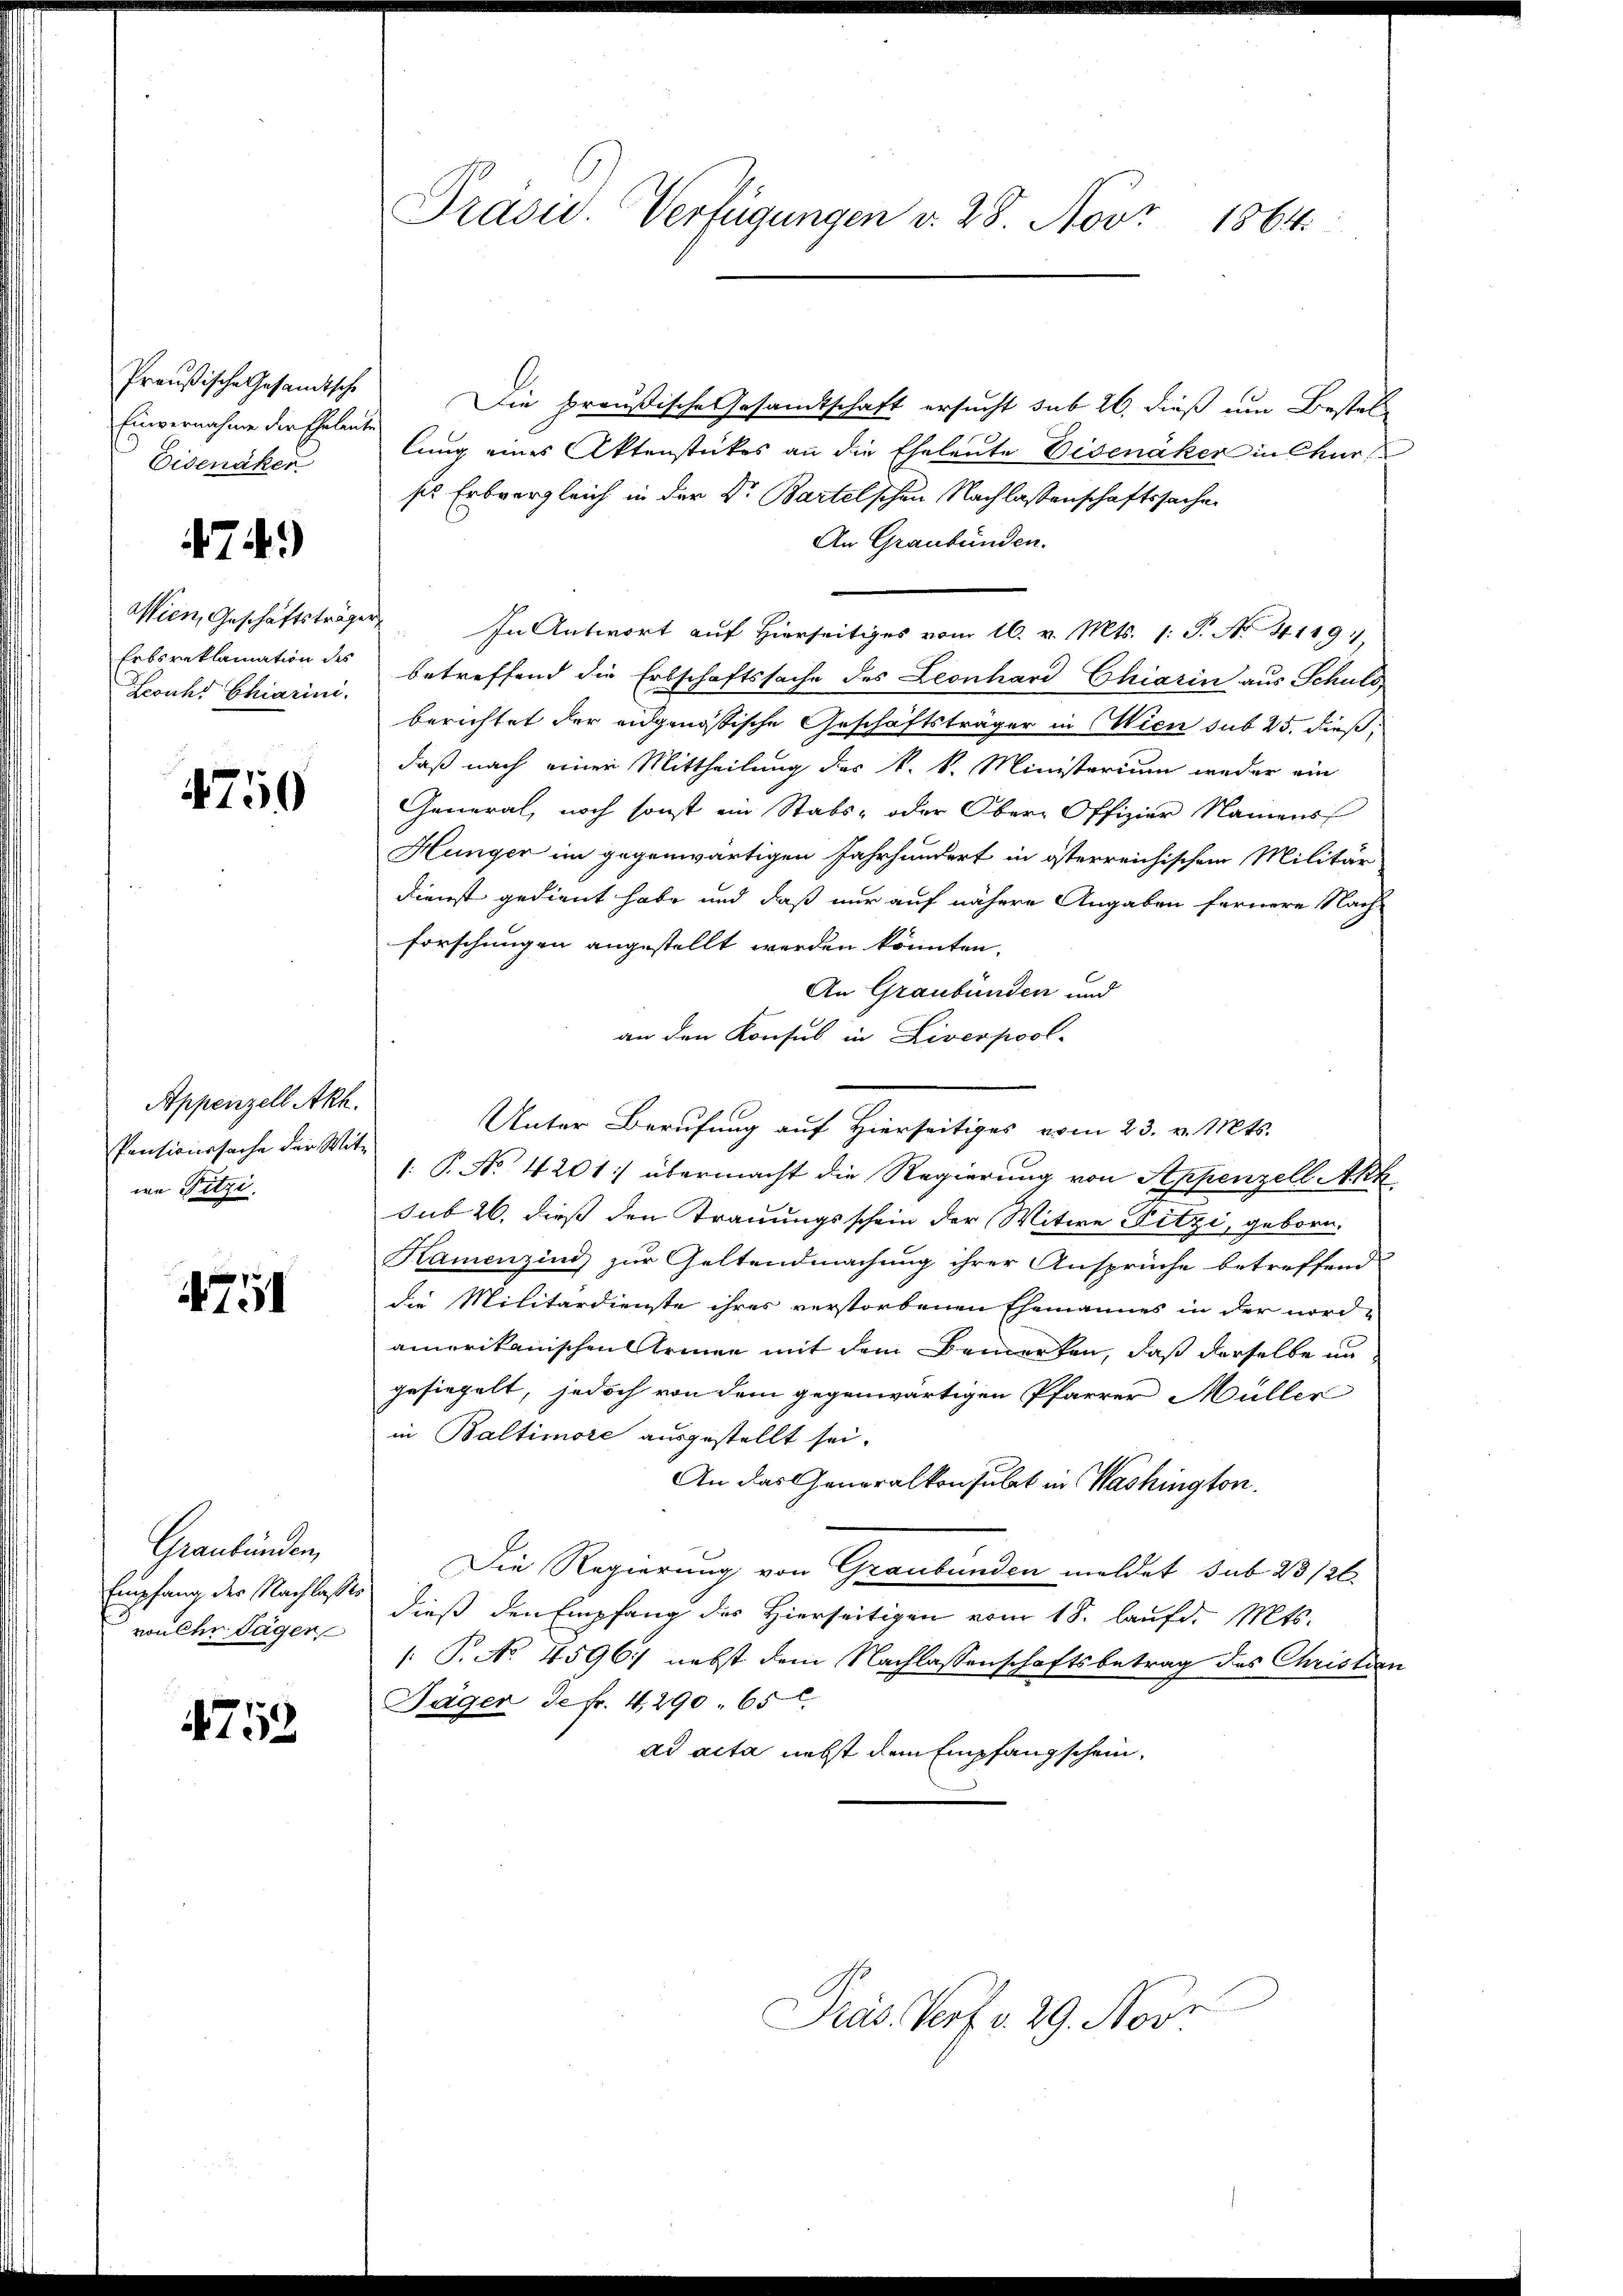
Preußische Gesandtsche
Einvernahme der Eheleute
Eisenäker

74.)

Wien, Geschäftsträger
Louhs Chiarini.

4750

Appenzell Akh.
Pensionssache der Witwe Fitzi.

751

Graubünden,
Empfang der Nachlasses
rouler Säger

4752

Die preußische Gesandtschaft ersucht sub 26. dieß um Bestel-
lung eines Aktenstückes an die Eheleute Eisenäker in Chur
ss Erbvergleich in der Dr. Bartelschen Nachlassenschaftssache
An Graubünden.
In Antwort auf hierseits vom 16. v. Mts. 1. P. No. 4119)
Erbsreklamation des betreffend die Erbschaftssache des Leonhard Chiarin aus Schuld
berichtet der eidgenössische Geschäftsträger in Wien sub 25. dieß,
daß nach einer Mittheilung des k. k. Ministerium weder ein
General, noch sonst ein Stabs- oder Ober-Offizier Namens
Hunger im gegenwärtigen Jahrhundert in österreichischen Militär
Dienst gedient habe und daß nur auf nähere Angaben fernere Nach-
forschingen angestellt werden könnten.
An Graubünden und
an den Konsul in Liverpool-
Unter Berufung auf Hierseitiges vom 23. v. Mts.
: P. No 4201:) übermacht die Regierung von Appenzell Akk
sub 26. dieß den Trauungsschein der Witwe Hitzi, geborn.
Kamenzins zur Geltendmachung ihrer Ansprüche betreffend:
die Militärdienste ihres verstorbenen Ehemannes in der nord-
amerikanischen Armen mit dem Bemerken, daß derselbe an
gesiegelt, jedoch von dem gegenwärtigen Pfarrer Müller
in Baltimore ausgestellt sei.
An das Generalkonsulat in Washington.
Die Regierung von Graubünden meldet sub 23/26
dieß den Empfang des Hierseitigen vom 18. laufd. Mts.
 P. No. 4596, nebst dem Nachlassenschaftsbetrag des Christian
Jäger de fr. 4, 290. 65
ad acta nebst dem Empfangschein,

Präsid. Verfügungen v. 28. Nov. 1864.

Präs. Verf. v. 29. Nove